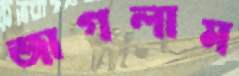
জাগলাম